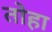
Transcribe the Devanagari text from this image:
तोहा